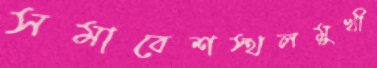
সমাবেশস্থলমুখী